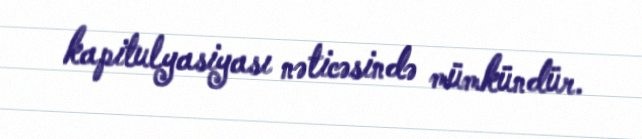
kapitulyasiyası nəticəsində mümkündür.